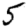
Digit: 5